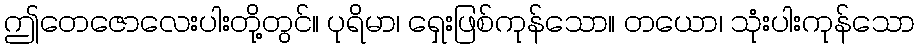
ဤတေဇောလေးပါးတို့တွင်။ ပုရိမာ၊ ရှေးဖြစ်ကုန်သော။ တယော၊ သုံးပါးကုန်သော